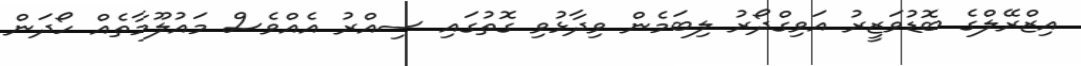
އިޒްރޭލްގެ ބޮޑުވަޒީރު އަވިގްދޯރު ލިބަމެން ވިދާޅުވި ގޮތުގައި ސިއްރު އެއްވެސް މައުލޫމާތެއް ހޯދަން